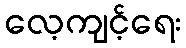
လေ့ကျင့်ရေး